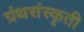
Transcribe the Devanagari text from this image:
ग्रंथसंस्‍कृती